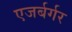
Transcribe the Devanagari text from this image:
एजर्बर्गर